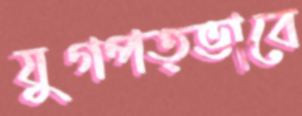
যুগপত্ভাবে